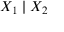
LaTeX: X _ { 1 } \mid X _ { 2 }